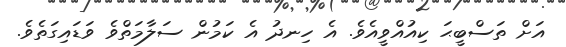
އަށް ތަސްބީޙަ ކިއުއްވީއެވެ. އެ ހިނދު އެ ކަމުން ސަލާމަތްވެ ވަޑައިގަތެވެ.